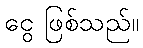
ငွေ ဖြစ်သည်။